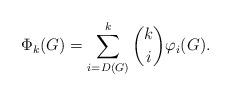
LaTeX: \begin{align*}\Phi_k(G) = \sum_{i=D(G)}^k {k\choose i} \varphi_i(G).\end{align*}